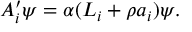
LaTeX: A _ { i } ^ { \prime } \psi = \alpha ( { \cal L } _ { i } + \rho a _ { i } ) \psi .